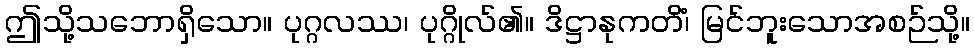
ဤသို့သဘောရှိသော။ ပုဂ္ဂလဿ၊ ပုဂ္ဂိုလ်၏။ ဒိဋ္ဌာနုကတိံ၊ မြင်ဘူးသောအစဉ်သို့။